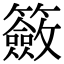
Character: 籢